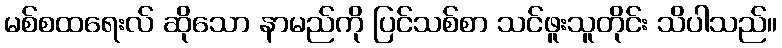
မစ်စထရေးလ် ဆိုသော နာမည်ကို ပြင်သစ်စာ သင်ဖူးသူတိုင်း သိပါသည်။